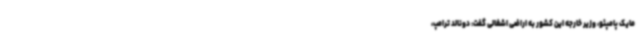
مایک پامپئو، وزیر خارجه این کشور به اراضی اشغالی گفت: دونالد ترامپ،